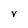
Character: v